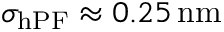
\sigma _ { \mathrm { h P F } } \approx 0 . 2 5 \, \mathrm { n m }